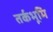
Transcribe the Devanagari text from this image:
तर्कभूमि